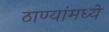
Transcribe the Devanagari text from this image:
ठाण्यांमध्ये